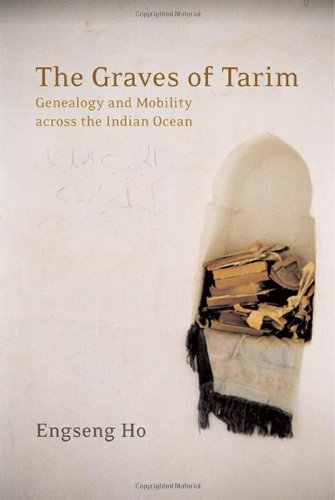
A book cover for The Graves of Tarim: Genealogy and Mobility across the Indian Ocean; Engseng Ho; History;